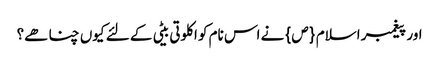
اور پیغمبر اسلام {ص} نے اس نام کو اکلوتی بیٹی کے لئے کیوں چنا ھے؟